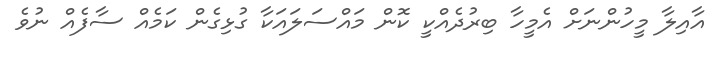
އާއިލާ މީހުންނަށް އެމީހާ ބިރުދެއްކީ ކޮން މައްސަލައަކާ ގުޅިގެން ކަމެއް ސާފެއް ނުވެ